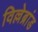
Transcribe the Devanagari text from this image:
विल्लेब्रांड